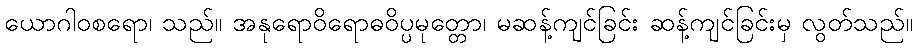
ယောဂါဝစရော၊ သည်။ အနုရောဝိရောဓဝိပ္ပမုတ္တော၊ မဆန့်ကျင်ခြင်း ဆန့်ကျင်ခြင်းမှ လွတ်သည်။